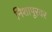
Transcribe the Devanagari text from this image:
निशापूरवर